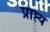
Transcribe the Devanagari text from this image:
प्राप्त्य